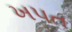
ખપત